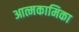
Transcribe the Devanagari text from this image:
आत्मकामिका